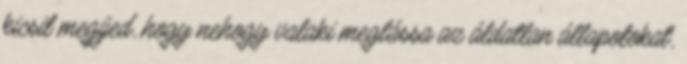
kicsit megijed, hogy nehogy valaki meglássa az áldatlan állapotokat,